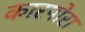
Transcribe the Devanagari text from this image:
कारपोरा